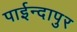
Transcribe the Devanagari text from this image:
पाईन्दापुर